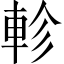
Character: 軫